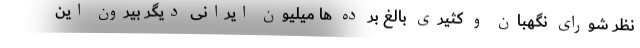
نظر شورای نگهبان و کثیری بالغ بر ده ها میلیون ایرانی دیگر بیرون این